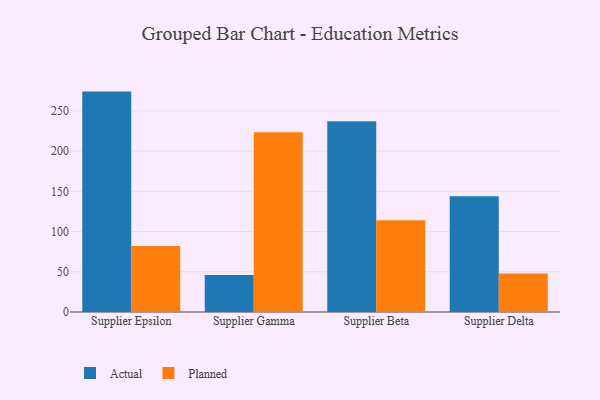
{"axis": {"x": "Supplier", "y": "Energy Usage (MWh)"}, "legend": ["Actual", "Planned"], "data": [{"x": "Supplier Epsilon", "y": 273.9, "type": "Actual"}, {"x": "Supplier Epsilon", "y": 81.9, "type": "Planned"}, {"x": "Supplier Gamma", "y": 45.9, "type": "Actual"}, {"x": "Supplier Gamma", "y": 223.3, "type": "Planned"}, {"x": "Supplier Beta", "y": 237.0, "type": "Actual"}, {"x": "Supplier Beta", "y": 113.9, "type": "Planned"}, {"x": "Supplier Delta", "y": 143.9, "type": "Actual"}, {"x": "Supplier Delta", "y": 47.9, "type": "Planned"}]}